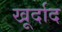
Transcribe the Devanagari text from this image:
खूर्दाद